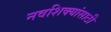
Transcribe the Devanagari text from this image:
नवशिक्यांसाठी